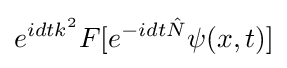
e^{idtk^{2}}F[e^{-idt{\hat {N}}}\psi (x,t)]